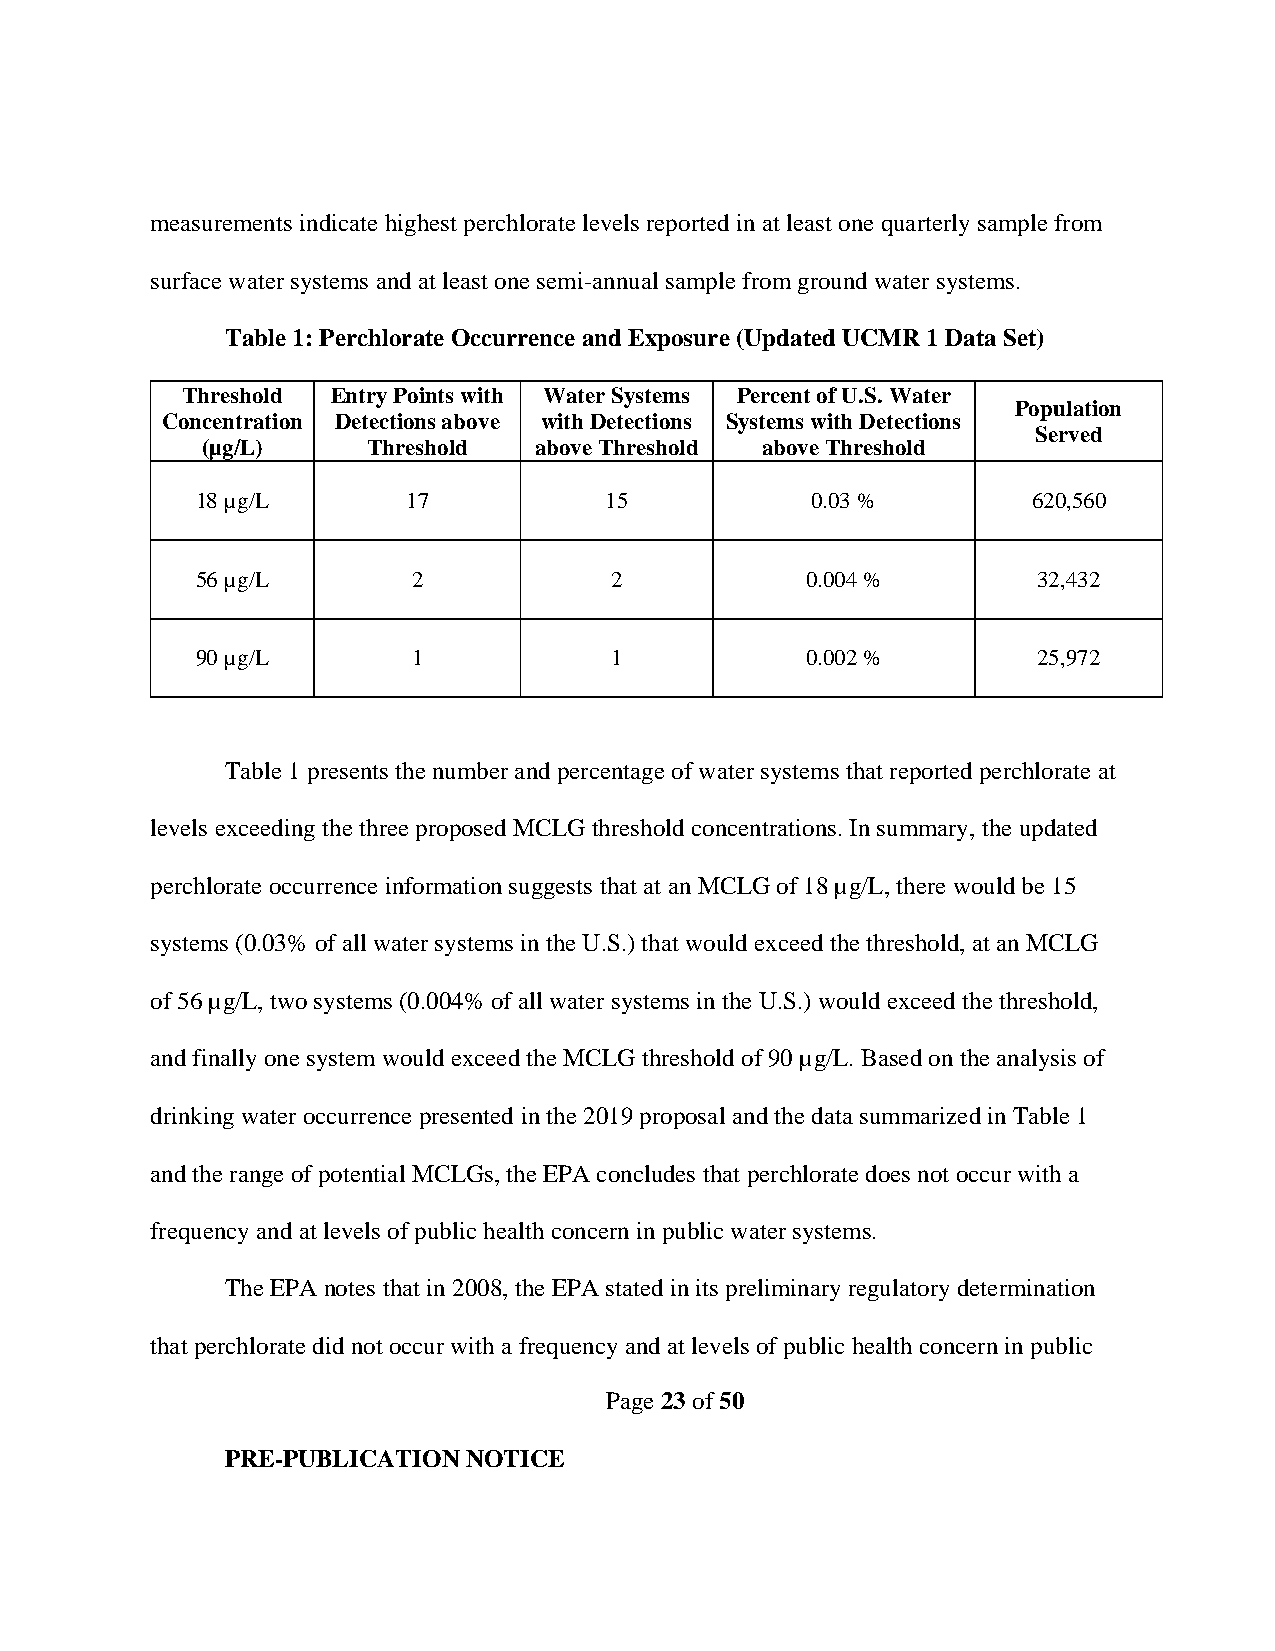
measurements indicate highest perchlorate levels reported in at least one quarterly sample from
 surface water systems and at least one semi-annual sample from ground water systems.
 Table 1: Perchlorate Occurrence and Exposure (Updated UCMR 1 Data Set)
 Threshold Entry Points with Water Systems Percent of U.S. Water
 Population
 Concentration Detections above with Detections Systems with Detections
 Served
 (µg/L)     Threshold  above Threshold above Threshold
 18 µg/L       17           15            0.03 %        620,560
 56 µg/L       2            2            0.004 %         32,432
 90 µg/L       1            1            0.002 %         25,972
 Table 1 presents the number and percentage of water systems that reported perchlorate at
 levels exceeding the three proposed MCLG threshold concentrations. In summary, the updated
 perchlorate occurrence information suggests that at an MCLG of 18 µg/L, there would be 15
 systems (0.03% of all water systems in the U.S.) that would exceed the threshold, at an MCLG
 of 56 µg/L, two systems (0.004% of all water systems in the U.S.) would exceed the threshold,
 and finally one system would exceed the MCLG threshold of 90 µg/L. Based on the analysis of
 drinking water occurrence presented in the 2019 proposal and the data summarized in Table 1
 and the range of potential MCLGs, the EPA concludes that perchlorate does not occur with a
 frequency and at levels of public health concern in public water systems.
 The EPA notes that in 2008, the EPA stated in its preliminary regulatory determination
 that perchlorate did not occur with a frequency and at levels of public health concern in public
 Page 23 of 50
 PRE-PUBLICATION NOTICE